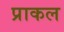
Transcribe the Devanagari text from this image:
प्राकल